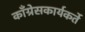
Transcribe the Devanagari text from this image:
काँग्रेसकार्यकर्ते